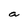
Character: a